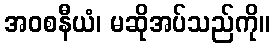
အဝစနီယံ၊ မဆိုအပ်သည်ကို။